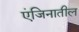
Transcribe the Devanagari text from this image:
एंजिनातील